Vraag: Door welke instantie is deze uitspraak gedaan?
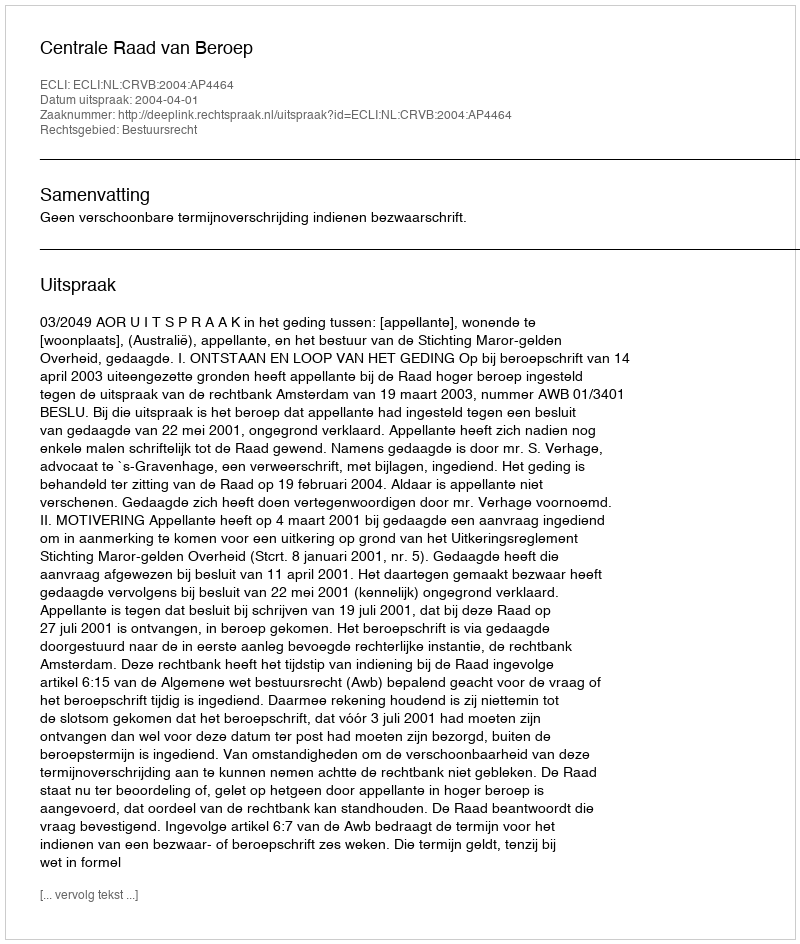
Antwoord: Centrale Raad van Beroep